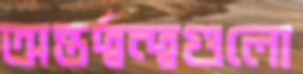
অন্তর্দ্বন্দ্বগুলো